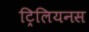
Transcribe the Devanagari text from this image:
ट्रिलियनस